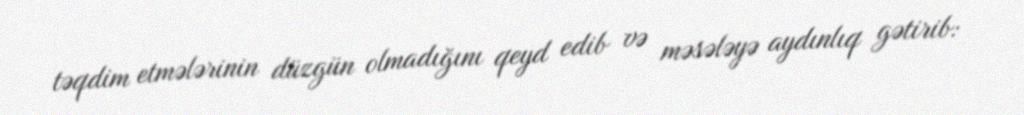
təqdim etmələrinin düzgün olmadığını qeyd edib və məsələyə aydınlıq gətirib: